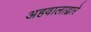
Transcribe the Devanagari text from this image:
अहवालाद्वारे